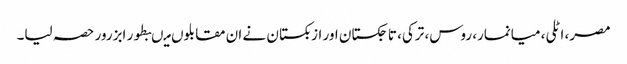
مصر، اٹلی، میانمار، روس، ترکی، تاجکستان اور ازبکستان نے ان مقابلوں میںبطور ابزرور حصہ لیا۔